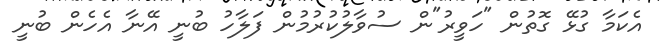
އެކަމާ ގުޅޭ ގޮތުން "ހަވީރު"ން ސުވާލުކުރުމުން ފަލާހު ބުނީ އޭނާ އެހެން ބުނީ